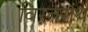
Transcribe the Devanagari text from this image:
विस्तरार्थ